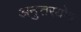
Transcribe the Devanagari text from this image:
अनुत्तरयोग